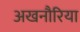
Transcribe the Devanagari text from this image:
अखनौरिया